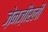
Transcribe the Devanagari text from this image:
ज़ेनज़ीरली